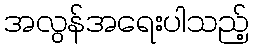
အလွန်အရေးပါသည့်